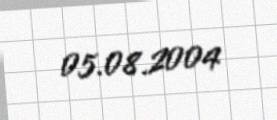
05.08.2004